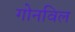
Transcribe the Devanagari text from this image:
गोनविल